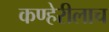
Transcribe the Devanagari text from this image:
कण्हेरीलाच